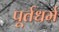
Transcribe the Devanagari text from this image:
पूर्तधर्म